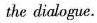
the dialogue.